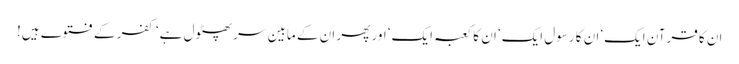
ان کا قرآن ایک‘ ان کا رسول ایک‘ ان کا کعبہ ایک‘ اور پھر ان کے مابین سر پھٹول ہے‘ کفر کے فتوے ہیں!